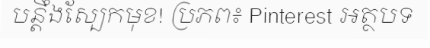
បន្តឹងស្បែកមុខ! ប្រភព៖ Pinterest អត្ថបទ